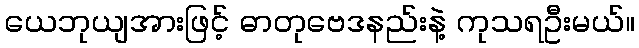
ယေဘုယျအားဖြင့် ဓာတုဗေဒနည်းနဲ့ ကုသရဦးမယ်။